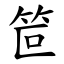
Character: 笸